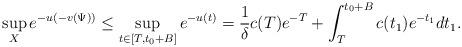
LaTeX: \begin{align*}\sup\limits_{X}e^{-u(-v(\Psi))} \le\sup\limits_{t\in[T,t_0+B]}e^{-u(t)}=\frac{1}{\delta}c(T)e^{-T}+\int^{t_0+B}_T c(t_1)e^{-t_1}dt_1.\end{align*}